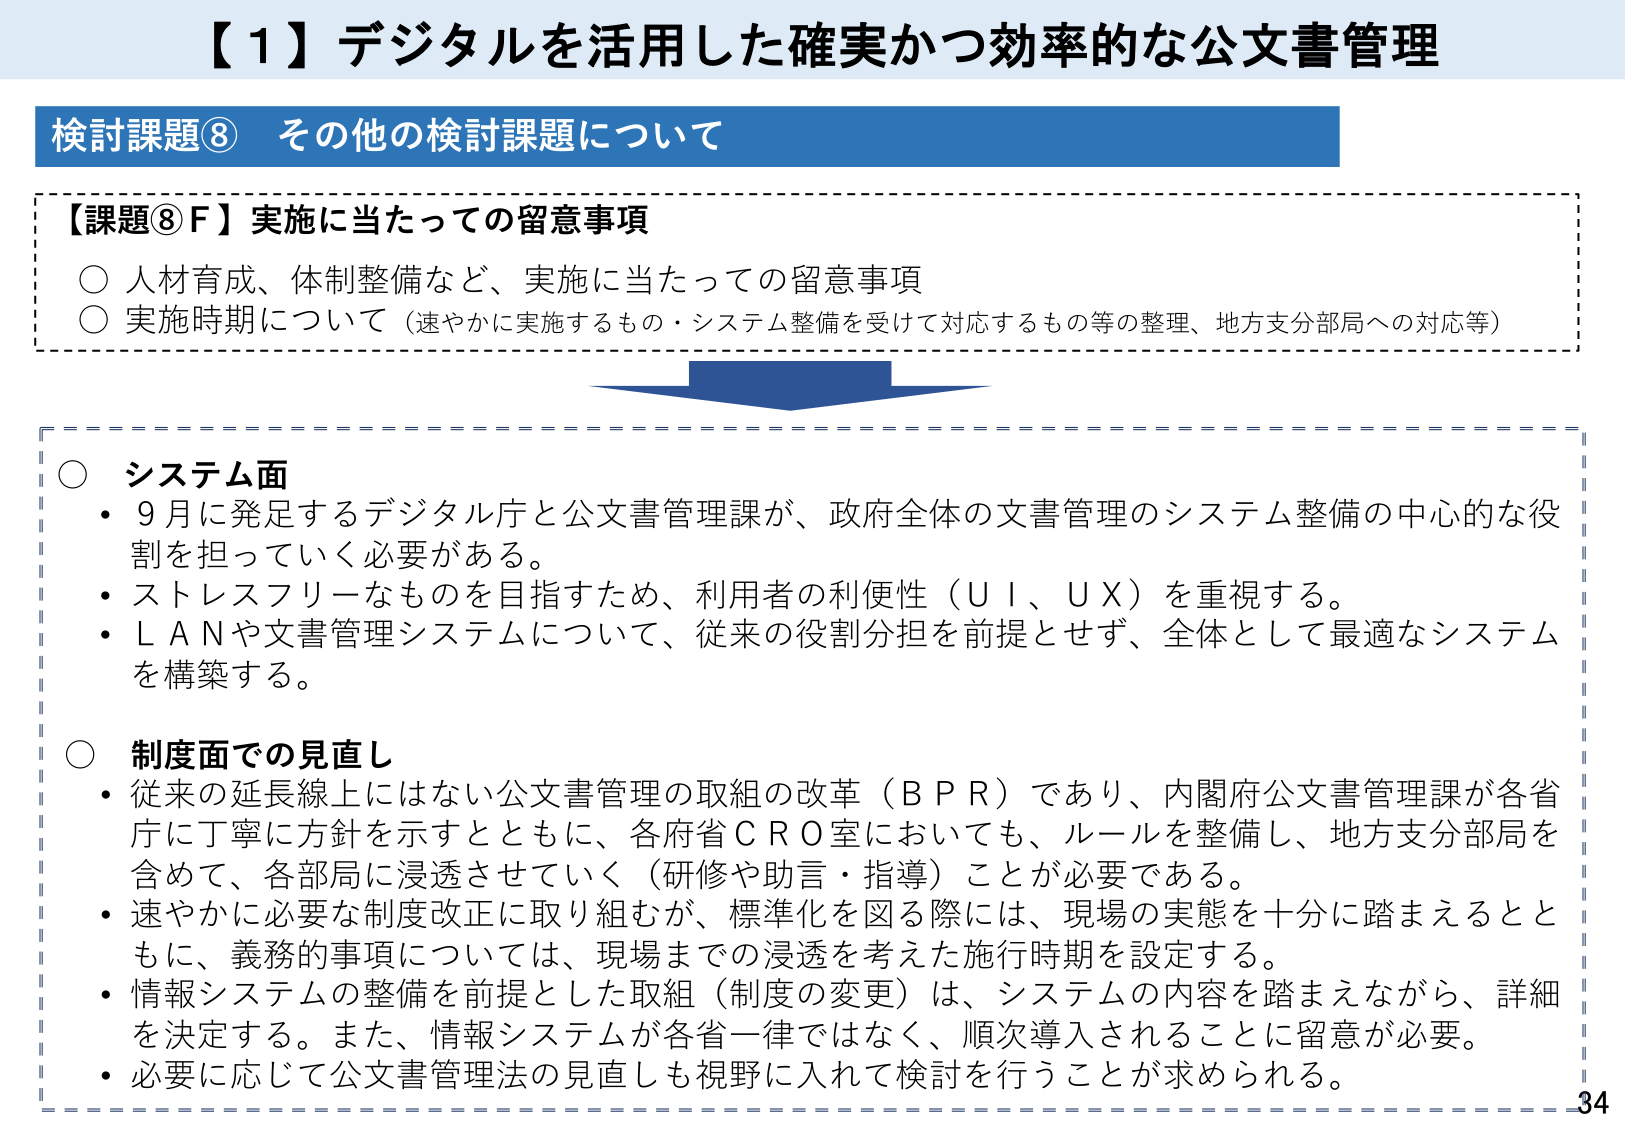
【1】デジタルを活用した確実かつ効率的な公文書管理

検討課題⑧ その他の検討課題について

【課題⑧F】実施に当たっての留意事項
○ 人材育成、体制整備など、実施に当たっての留意事項
○ 実施時期について（速やかに実施するもの・システム整備を受けて対応するもの等の整理、地方支分部局への対応等）

○ システム面
・ 9月に発足するデジタル庁と公文書管理課が、政府全体の文書管理のシステム整備の中心的な役割を担っていく必要がある。
・ ストレスフリーなものを目指すため、利用者の利便性（ＵＩ、ＵＸ）を重視する。
・ ＬＡＮや文書管理システムについて、従来の役割分担を前提とせず、全体として最適なシステムを構築する。

○ 制度面での見直し
・ 従来の延長線上にはない公文書管理の取組の改革（ＢＰＲ）であり、内閣府公文書管理課が各省庁に丁寧に方針を示すとともに、各府省ＣＲＯ室においても、ルールを整備し、地方支分部局を含めて、各部局に浸透させていく（研修や助言・指導）ことが必要である。
・ 速やかに必要な制度改正に取り組むが、標準化を図る際には、現場の実態を十分に踏まえるとともに、義務的事項については、現場までの浸透を考えた施行時期を設定する。
・ 情報システムの整備を前提とした取組（制度の変更）は、システムの内容を踏まえながら、詳細を決定する。また、情報システムが各省一律ではなく、順次導入されることに留意が必要。
・ 必要に応じて公文書管理法の見直しも視野に入れて検討を行うことが求められる。

34